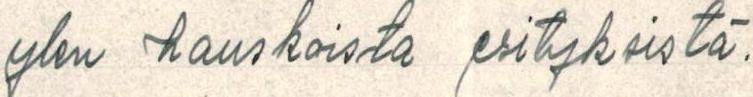
ylen hauskoista esityksistä